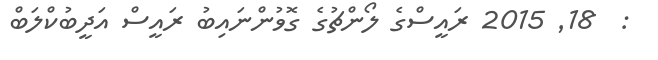
:  18